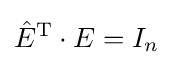
{\hat {E}}^{\textrm {T}}\cdot E=I_{n}